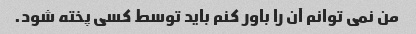
من نمی توانم آن را باور کنم باید توسط کسی پخته شود.